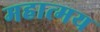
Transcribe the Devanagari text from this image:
महात्‍मय